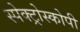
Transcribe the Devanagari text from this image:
स्‍पेक्‍ट्रोस्‍कोपी